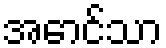
အောင်သာ